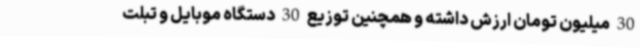
30 میلیون تومان ارزش داشته و همچنین توزیع 30 دستگاه موبایل و تبلت